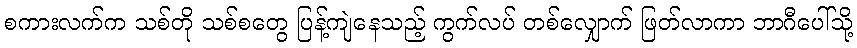
စကားလက်က သစ်တို သစ်စတွေ ပြန့်ကျဲနေသည့် ကွက်လပ် တစ်လျှောက် ဖြတ်လာကာ ဘာဂီပေါ်သို့